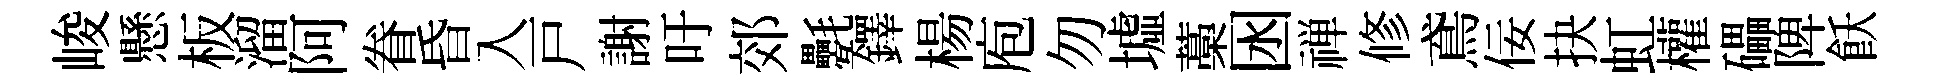
峻懸板溜阿眷昏入戸謝吁郊氎鐸楊庖勿墟藁囦禅修鳶佞抉虹權礧陴飫